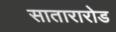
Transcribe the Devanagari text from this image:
सातारारोड